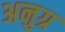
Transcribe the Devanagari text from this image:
अनुग्र